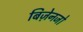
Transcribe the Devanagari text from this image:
बिज़ेनजो